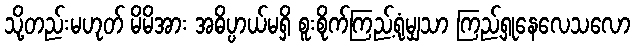
သို့တည်းမဟုတ် မိမိအား အဓိပ္ပာယ်မရှိ စူးစိုက်ကြည့်ရုံမျှသာ ကြည့်ရှုနေလေသလော